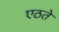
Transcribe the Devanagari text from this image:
एठते